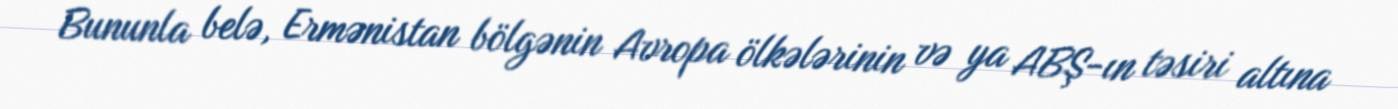
Bununla belə, Ermənistan bölgənin Avropa ölkələrinin və ya ABŞ-ın təsiri altına